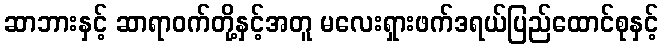
ဆာဘားနှင့် ဆာရာဝက်တို့နှင့်အတူ မလေးရှားဖက်ဒရယ်ပြည်ထောင်စုနှင့်